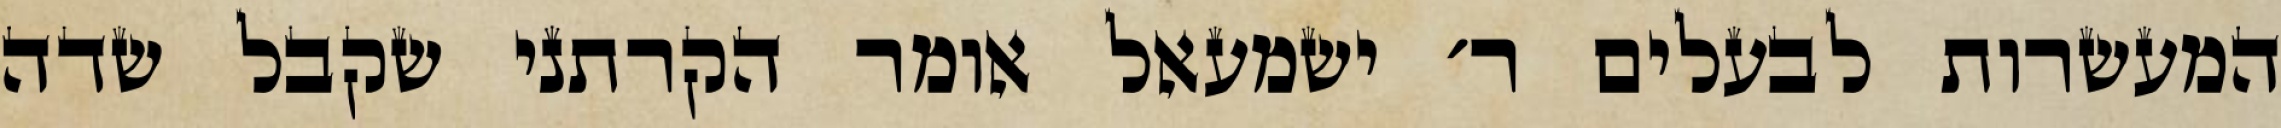
המעשרות לבעלים ר׳ ישמעאל אומר הקרתני שקבל שדה